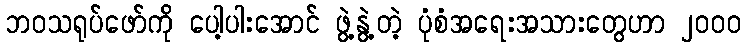
ဘဝသရုပ်ဖော်ကို ပေါ့ပါးအောင် ဖွဲ့နွဲ့တဲ့ ပုံစံအရေးအသားတွေဟာ ၂၀၀၀